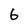
Character: 6